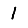
Digit: 1